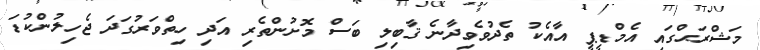
މަޝްރަޙްގައި އެމްޑީޕީ އާއެކު ތެދުވެވިދާނެ ޤާބިލި ބަސް މޮށުންތެރި އަދި ހިތްވަރުގަދަ ޖެހިލުންކުޑަ